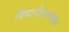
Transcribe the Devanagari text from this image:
विद्यापीठासोबत